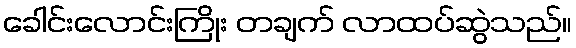
ခေါင်းလောင်းကြိုး တချက် လာထပ်ဆွဲသည်။